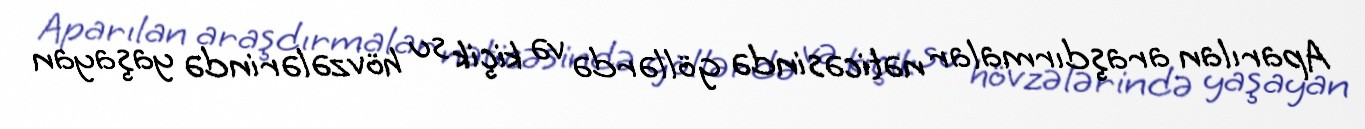
Aparılan araşdırmalar nəticəsində göllərdə və kiçik su hövzələrində yaşayan